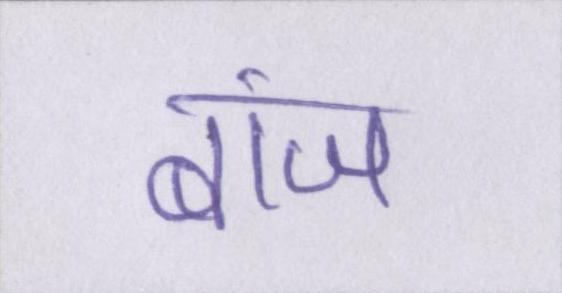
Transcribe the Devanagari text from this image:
बांज